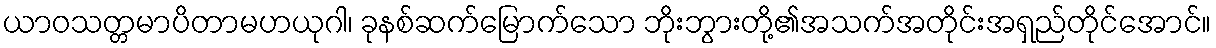
ယာဝသတ္တမာပိတာမဟယုဂါ၊ ခုနစ်ဆက်မြောက်သော ဘိုးဘွားတို့၏အသက်အတိုင်းအရှည်တိုင်အောင်။